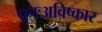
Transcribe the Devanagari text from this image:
पुनःअविष्कार